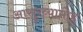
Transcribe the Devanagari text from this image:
आसुरव्यामोह